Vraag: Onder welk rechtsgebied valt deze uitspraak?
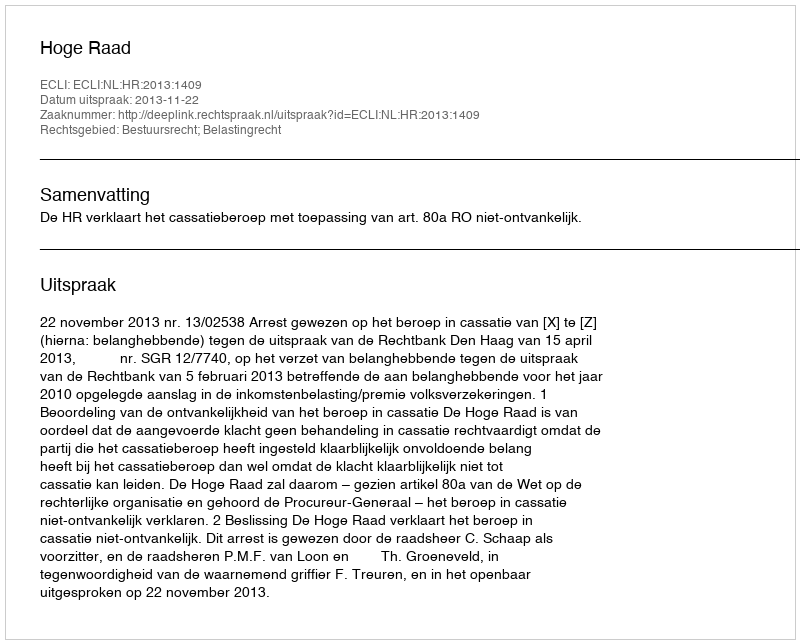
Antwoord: Bestuursrecht; Belastingrecht